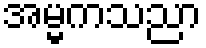
အမ္မကသညာ